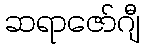
ဆရာဇော်ဂျီ